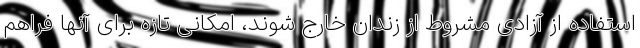
استفاده از آزادی مشروط از زندان خارج شوند، امکانی تازه برای آنها فراهم